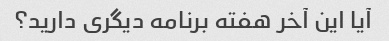
آیا این آخر هفته برنامه دیگری دارید؟